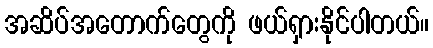
အဆိပ်အတောက်တွေကို ဖယ်ရှားနိုင်ပါတယ်။